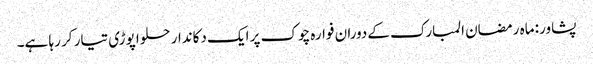
پشاور: ماہ رمضان المبارک کےدوران فوارہ چوک پر ایک دکاندار حلوا پوڑی تیار کر رہا ہے۔